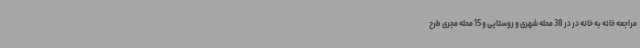
مراجعه خانه به خانه در در 38 محله شهری و روستایی و 15 محله مجری طرح